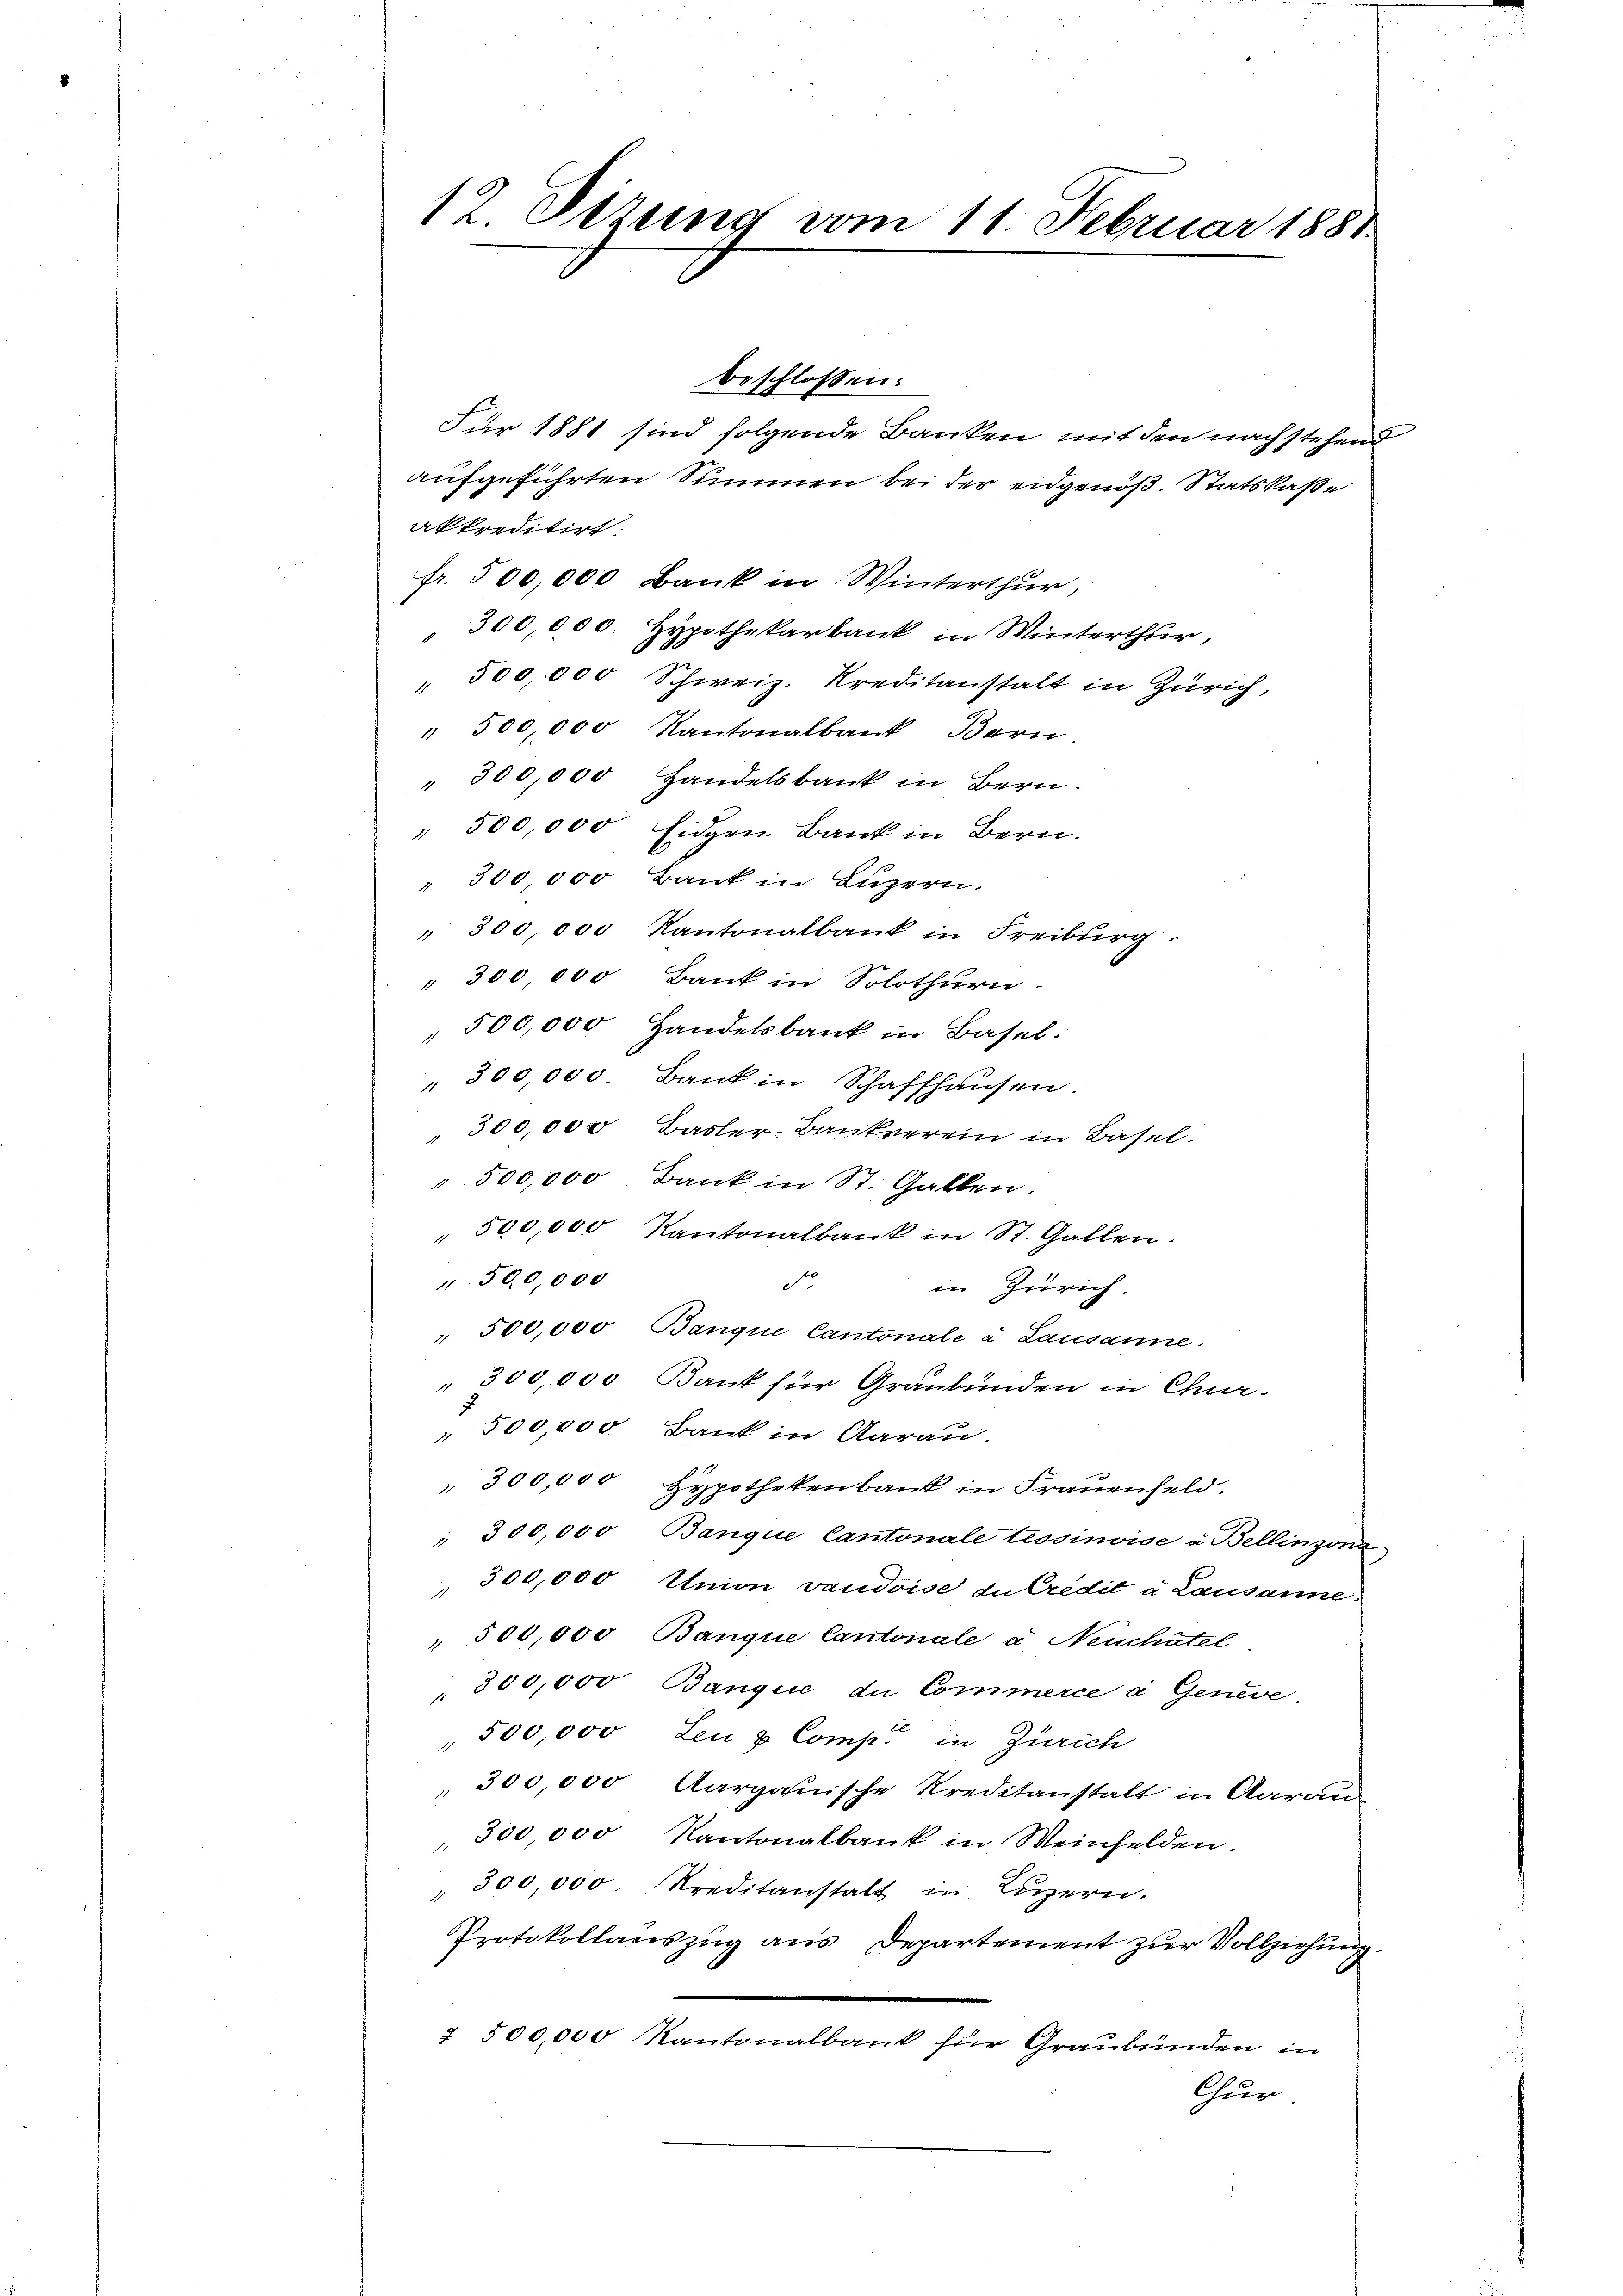
12. Sizung vom 11. Februar 1881

Für 1881 sind folgende Banken mit den nach stehend
aufgeführten Summen bei der eidgenöß. Statskaße
akkreditirt:
fr. 500,000 Bank in Winterthur,
300,000. Hypothekarbank in Winterthur,
500,000 Schweiz. Kreditanstalt in Zürich,
" 500,000 Kantonalbank, Bern.
" 300,000 Handelsbank in Bern.
" 500,000 Eidgen. Bank in Bern.
" 300,000 Bank in Luzern.
" 300 000 Kantonalbank in Freiburg.
" 300,000 Bank in Solothurn.
500,000 Handelsbank in Basel:
" 300,000. Bank in Schaffhausen.
" 300,000 Basler-Bankverein in Basel-
" 500,000 Bank in St. Gallen.
500,000 Kantonalbank in St. Gallen.
500,000
o
in Zürich.
 500,000 Banque Cantonale u Lausanne.
300,000. Bank für Graubünden in Cha-
" 500,000 Bank in darau
300,000 Hypothekenbank in Frauenfeld.
 300,000 Banque Cantonale tessinvise u. Bellinzona
300,000 Union vaudoise de Credit a Lausanne
 500,000 Banque Cantonale a. Neuchâtel
300,000 Banque de Commerce a Geneve,
500,000 Leu & Comp. in Zürich
300,000 Aargauische Kreditanstalt in Aarau
300 000 Kantonalbank in Weinfelden.
300,000. Kreditanstalt in Luzern.
Protokollauszug aus Departement zur Vollziehung.
2 500,000 Kantonalbank für Graubünden in
Chur

beschlossen: